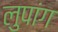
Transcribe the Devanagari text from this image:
लुपांग